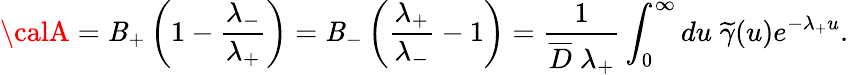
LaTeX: {\calA}={\cal\mathit{B}}_{+}\left(1-\frac{{\lambda_{-}}}{{\lambda_{+}}}\right)={\cal\mathit{B}}_{-}\left(\frac{{\lambda_{+}}}{{\lambda_{-}}}-1\right)=\frac{{1}}{{\overline{{{{D}}}}\; \lambda_{+}}}\int_{0}^{\infty}du\; \widetilde{\gamma}(u)e^{-\lambda_{+}u}.